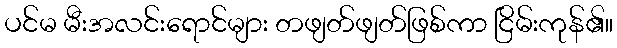
ပင်မ မီးအလင်းရောင်များ တဖျတ်ဖျတ်ဖြစ်ကာ ငြိမ်းကုန်၏။